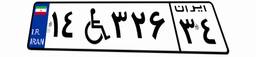
۱۴W۳۲۶۳۴